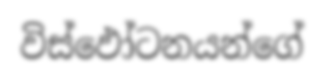
විස්ඵෝටනයන්ගේ